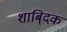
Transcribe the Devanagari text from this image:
शाबि्दक